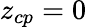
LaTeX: z_{cp}=0